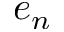
e _ { n }